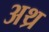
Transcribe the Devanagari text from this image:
अथ्र